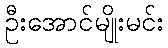
ဦးအောင်မျိုးမင်း